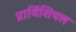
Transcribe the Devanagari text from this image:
प्राविंशियल